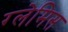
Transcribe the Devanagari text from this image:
ग्लेमिस